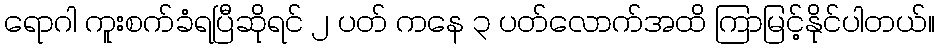
ရောဂါ ကူးစက်ခံရပြီဆိုရင် ၂ ပတ် ကနေ ၃ ပတ်လောက်အထိ ကြာမြင့်နိုင်ပါတယ်။